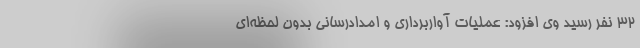
32 نفر رسید وی افزود: عملیات آواربرداری و امدادرسانی بدون لحظه‌ای